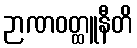
ဉာဏဝတ္ထူနီတိ